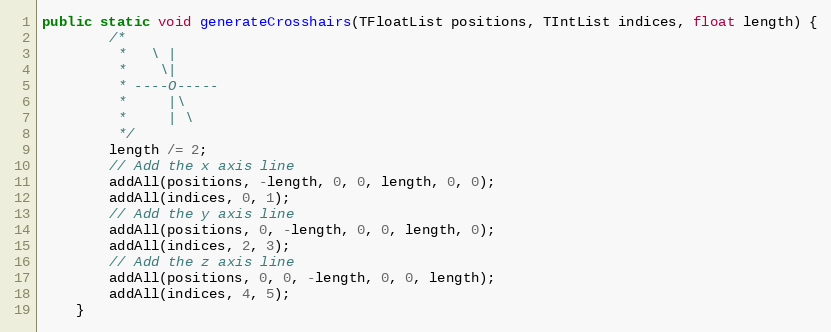
Language: Java
public static void generateCrosshairs(TFloatList positions, TIntList indices, float length) {
        /*
         *   \ |
         *    \|
         * ----O-----
         *     |\
         *     | \
         */
        length /= 2;
        // Add the x axis line
        addAll(positions, -length, 0, 0, length, 0, 0);
        addAll(indices, 0, 1);
        // Add the y axis line
        addAll(positions, 0, -length, 0, 0, length, 0);
        addAll(indices, 2, 3);
        // Add the z axis line
        addAll(positions, 0, 0, -length, 0, 0, length);
        addAll(indices, 4, 5);
    }